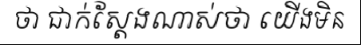
ថា ជាក់ស្តែងណាស់ថា យើងមិន